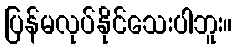
ပြန်မလုပ်နိုင်သေးပါဘူး။